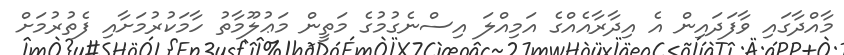
މާއްދާގައި ވާފަދައިން އެ އިދާރާއެއްގެ އަމިއްލަ އިސްނެގުމުގެ މަތީން މަޢުލޫމާތު ހާމަކުރުމަށާއި ފެތުރުމަށް